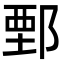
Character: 鄄